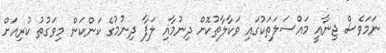
ނަމަވެސް ޖިނާއީ މައްސަލަތަކުގައި ވަކާލާތުކޮށް ދިނުމާއި ލަފާ ދިނުމުގެ ކަންކަން މިވަގުތު ކުރިއަށް